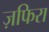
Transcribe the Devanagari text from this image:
ज़फिरा